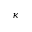
\kappa